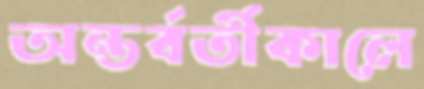
অন্তর্বর্তীকালে